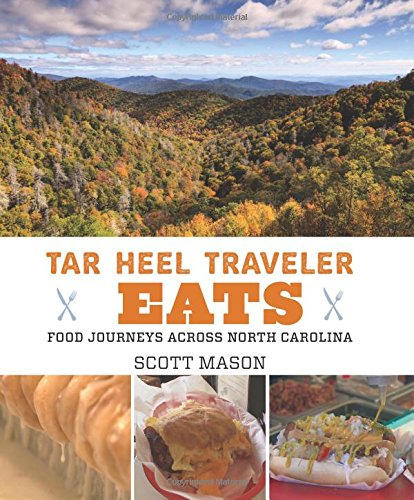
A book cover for Tar Heel Traveler Eats: Food Journeys across North Carolina; Scott Mason; Travel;